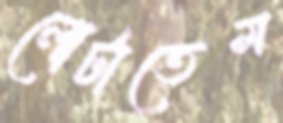
লোটাতেম